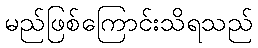
မည်ဖြစ်ကြောင်းသိရသည်